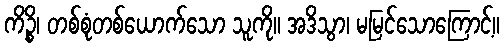
ကိဉ္စိ၊ တစ်စုံတစ်ယောက်သော သူကို။ အဒိသွာ၊ မမြင်သောကြောင့်။